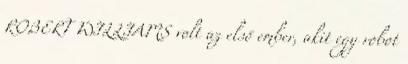
ROBERT WILLIAMS volt az első ember, akit egy robot